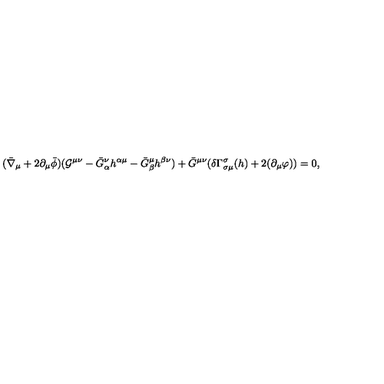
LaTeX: ( \bar { \nabla } _ { \mu } + 2 \partial _ { \mu } \bar { \phi } ) ( { \cal G } ^ { \mu \nu } - \bar { G } _ { \alpha } ^ { \nu } h ^ { \alpha \mu } - \bar { G } _ { \beta } ^ { \mu } h ^ { \beta \nu } ) + \bar { G } ^ { \mu \nu } ( \delta \Gamma _ { \sigma \mu } ^ { \sigma } ( h ) + 2 ( \partial _ { \mu } \varphi ) ) = 0 ,